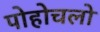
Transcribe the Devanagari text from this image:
पोहोचलो